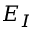
E _ { I }